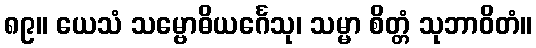
၈၉။ ယေသံ သမ္ဗောဓိယင်္ဂေသု၊ သမ္မာ စိတ္တံ သုဘာဝိတံ။